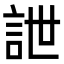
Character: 詍